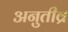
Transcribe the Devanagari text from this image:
अनुतीव्र